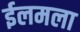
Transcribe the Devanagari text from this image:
ईलमला